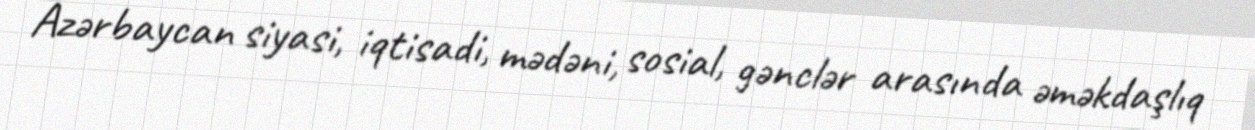
Azərbaycan siyasi, iqtisadi, mədəni, sosial, gənclər arasında əməkdaşlıq